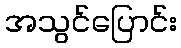
အသွင်ပြောင်း